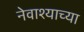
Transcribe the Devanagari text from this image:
नेवाश्याच्या